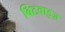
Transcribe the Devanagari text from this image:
बिटवाइज़